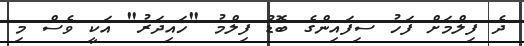
ދެ ފިލްމަށް ފަހު ސިފައިންގެ ބޮޑު ފިލްމު "ހައިދަރު" އަކީ ވެސް މި